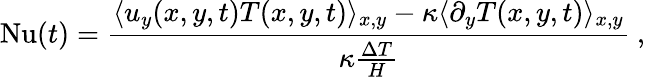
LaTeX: \mathrm{Nu}(t)=\frac{\langle u_{y}(x,y,t)T(x,y,t)\rangle_{x,y}-\kappa\langle\partial_{y}T(x,y,t)\rangle_{x,y}}{\kappa\frac{\Delta T}{H}}\ ,